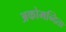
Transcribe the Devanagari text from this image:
अकोमन्दिता